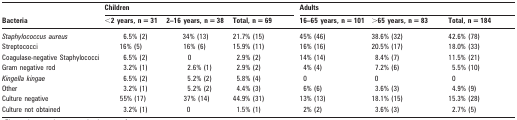
| <ROWSPAN=2> Bacteria | <COLSPAN=3> Children | <COLSPAN=3> Adults |
 | <2 years, n = 31 | 2–16 years, n = 38 | Total, n = 69 | 16–65 years, n = 101 | >65 years, n = 83 | Total, n = 184 |
 | --- | --- | --- | --- | --- | --- | --- |
 | Staphylococcus aureus | 6.5% (2) | 34% (13) | 21.7% (15) | 45% (46) | 38.6% (32) | 42.6% (78) |
 | Streptococci | 16% (5) | 16% (6) | 15.9% (11) | 16% (16) | 20.5% (17) | 18.0% (33) |
 | Coagulase-negative Staphylococci | 6.5% (2) | 0 | 2.9% (2) | 14% (14) | 8.4% (7) | 11.5% (21) |
 | Gram negative rod | 3.2% (1) | 2.6% (1) | 2.9% (2) | 4% (4) | 7.2% (6) | 5.5% (10) |
 | Kingella kingae | 6.5% (2) | 5.2% (2) | 5.8% (4) | 0 | 0 | 0 |
 | Other | 3.2% (1) | 5.2% (2) | 4.4% (3) | 6% (6) | 3.6% (3) | 4.9% (9) |
 | Culture negative | 55% (17) | 37% (14) | 44.9% (31) | 13% (13) | 18.1% (15) | 15.3% (28) |
 | Culture not obtained | 3.2% (1) | 0 | 1.5% (1) | 2% (2) | 3.6% (3) | 2.7% (5) |